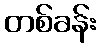
တစ်ခန်း